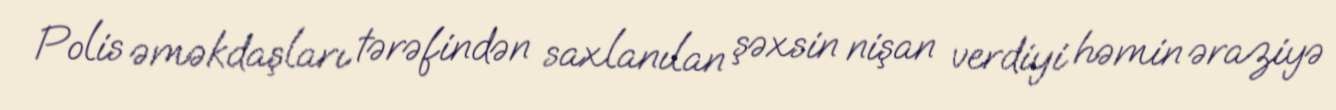
Polis əməkdaşları tərəfindən saxlanılan şəxsin nişan verdiyi həmin əraziyə